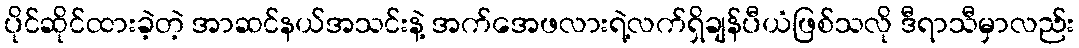
ပိုင်ဆိုင်ထားခဲ့တဲ့ အာဆင်နယ်အသင်းနဲ့ အက်အေဖလားရဲ့လက်ရှိချန်ပီယံဖြစ်သလို ဒီရာသီမှာလည်း